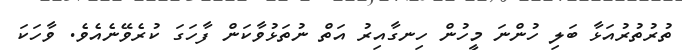
ތުރުތުރުއަޅާ ބަލި ހުންނަ މީހުން ހިނގާއިރު އަތް ނުތަޅުވާކަން ފާހަގަ ކުރެވޭނެއެވެ. ވާހަކަ